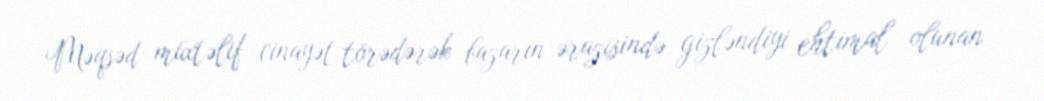
Məqsəd müxtəlif cinayət törədərək bazarın ərazisində gizləndiyi ehtimal olunan